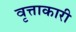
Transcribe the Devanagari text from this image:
वृत्ताकारी